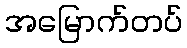
အမြောက်တပ်